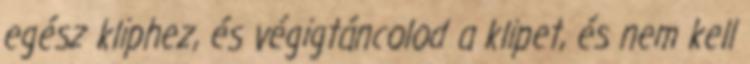
egész kliphez, és végigtáncolod a klipet, és nem kell